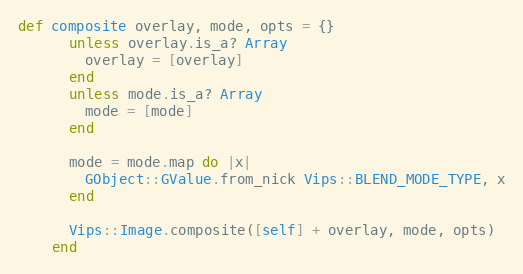
Language: Ruby
def composite overlay, mode, opts = {}
      unless overlay.is_a? Array
        overlay = [overlay]
      end
      unless mode.is_a? Array
        mode = [mode]
      end

      mode = mode.map do |x|
        GObject::GValue.from_nick Vips::BLEND_MODE_TYPE, x
      end

      Vips::Image.composite([self] + overlay, mode, opts)
    end